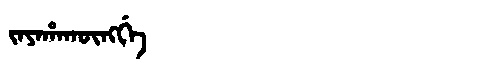
Manchu: ᠵᠠᠶᠠᡥᠠᡴᡡᠩᡤᡝ
Romanization: JAYAHAKŪNGGE